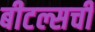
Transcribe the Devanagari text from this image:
बीटल्सची